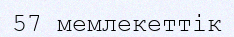
57 мемлекеттік